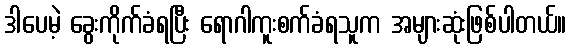
ဒါပေမဲ့ ခွေးကိုက်ခံရပြီး ရောဂါကူးစက်ခံရသူက အများဆုံးဖြစ်ပါတယ်။